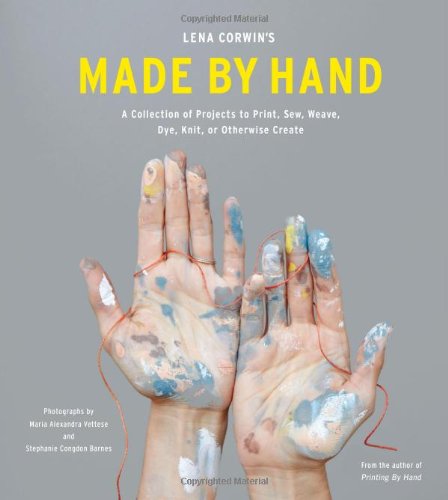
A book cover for Lena Corwin's Made by Hand: A Collection of Projects to Print, Sew, Weave, Dye, Knit, or Otherwise Create; Lena Corwin; Crafts, Hobbies & Home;